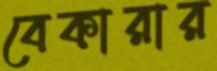
বেকারার